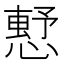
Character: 𢡴